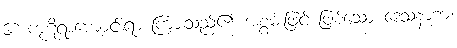
၆။ ကုဋိရာကျောင်းရာ ကြားသည်၏ အစွမ်းဖြင့် ဖြစ်သော ဒေသနာကံ၊